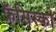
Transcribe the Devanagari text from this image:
फ्रँसिस्को